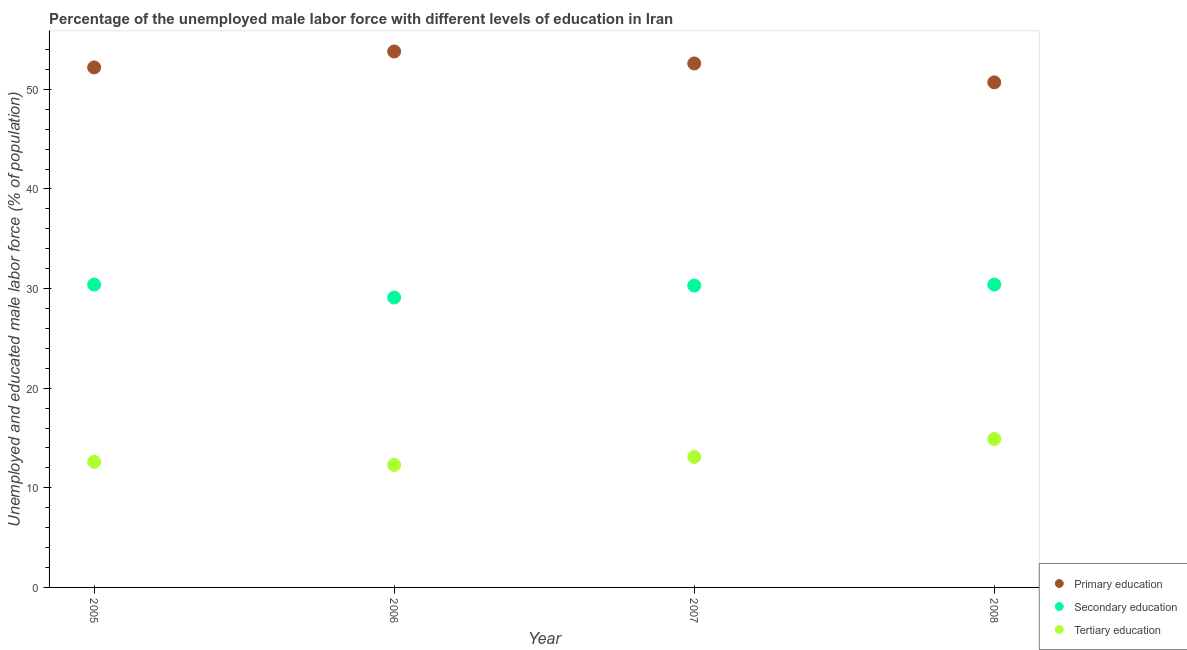
| Year | Primary education | Secondary education | Tertiary education |
 | --- | --- | --- | --- |
 | 2005 | 52.2 | 30.4 | 12.6 |
 | 2006 | 53.8 | 29.1 | 12.3 |
 | 2007 | 52.6 | 30.3 | 13.1 |
 | 2008 | 50.7 | 30.4 | 14.9 |